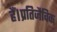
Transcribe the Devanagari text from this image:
हैं।प्रतिजैविक